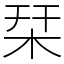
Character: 栞